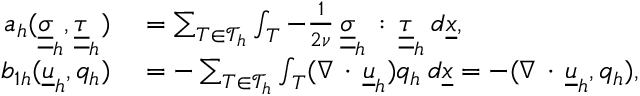
\begin{array} { r l } { a _ { h } ( \underline { { \underline { { \sigma } } } } _ { h } , \underline { { \underline { { \tau } } } } _ { h } ) } & { { } = \sum _ { T \in \mathcal { T } _ { h } } \int _ { T } - \frac { 1 } { 2 \nu } \: \underline { { \underline { { \sigma } } } } _ { h } \, : \, \underline { { \underline { { \tau } } } } _ { h } \: d \underline { { x } } , } \\ { b _ { 1 h } ( \underline { { u } } _ { h } , q _ { h } ) } & { { } = - \sum _ { T \in \mathcal { T } _ { h } } \int _ { T } ( \nabla \, \cdot \, \underline { { u } } _ { h } ) q _ { h } \: d \underline { { x } } = - ( \nabla \, \cdot \, \underline { { u } } _ { h } , q _ { h } ) , } \end{array}